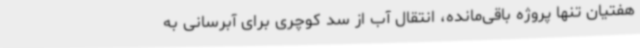
هفتیان تنها پروژه باقی‌مانده، انتقال آب از سد کوچری برای آبرسانی به